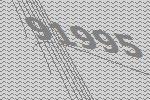
91995